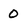
Character: 0